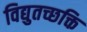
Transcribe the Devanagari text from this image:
विद्युतच्छक्ति